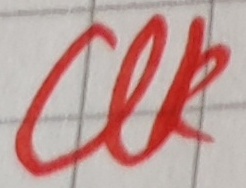
Text: UK